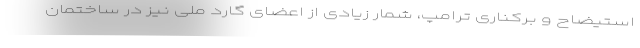
استیضاح و برکناری ترامپ، شمار زیادی از اعضای گارد ملی نیز در ساختمان